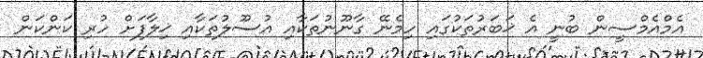
އެމްއެމްސީން ބުނީ އެ ޚަބަރުތަކުގައި ހިމެނޭ ގާނޫނުތަކާއި އުސޫލުތަކާއި ޚިލާފަށް ހުރި ކަންކަން